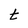
Character: t